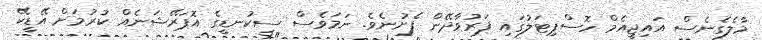
މާލެގެނެސް އައިޖީއެމް ހޮސްޕިޓަލުގައި ފަރުވާދޭން ފެށުނެވެ. ނަމަވެސް ސިކުނޑީގެ އޮޕަރޭޝަނެއް ކުރުމަށް އޭޑީކޭ